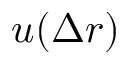
u ( \Delta r )